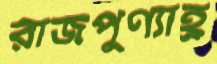
রাজপুণ্যাহ্র